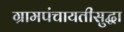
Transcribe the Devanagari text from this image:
ग्रामपंचायतीसुद्धा